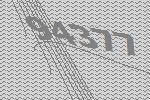
94377